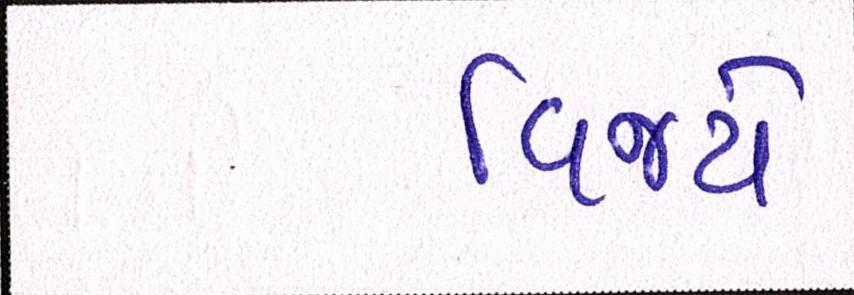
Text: વિજયે